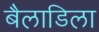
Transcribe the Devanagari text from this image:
बैलाडिला